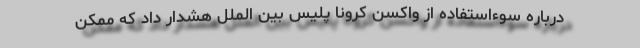
درباره سوءاستفاده از واکسن کرونا پلیس بین الملل هشدار داد که ممکن